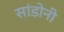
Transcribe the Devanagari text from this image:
सांडोनी